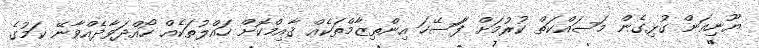
ޔޫނިއަން ގުޅިގެން މަސައްކަތް ކުރުމަށް ފަަސޭހަ އިންތިޒާމްތަކެއް ޤާއިމްކޮށް ހައްލުތަކެއް ހޯއްދަވާދެއްވާނޭ ކަމުގެ